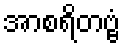
အာစရိတဗ္ဗံ